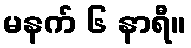
မနက် ၆ နာရီ။